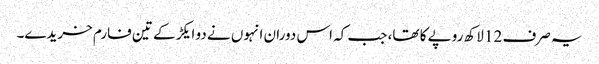
یہ صرف 12 لاکھ روپے کا تھا، جب کہ اس دوران انہوں نے دو ایکڑ کے تین فارم خریدے۔